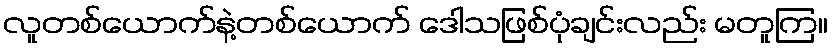
လူတစ်ယောက်နဲ့တစ်ယောက် ဒေါသဖြစ်ပုံချင်းလည်း မတူကြ။